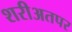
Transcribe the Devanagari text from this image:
शरीअतपर